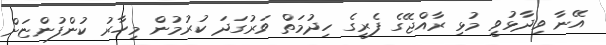
އޭނާ ވިދާޅުވީ މުޅި ރާއްޖޭގެ ފެރީގެ ހިދުމަތް ވަރުގަދަ ކުރުމުން މިހާރު ކުންފުންޏަށް